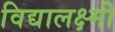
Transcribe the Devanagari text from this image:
विद्यालक्ष्मी